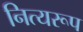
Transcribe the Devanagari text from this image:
नित्यरूप